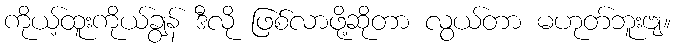
ကိုယ့်ထူးကိုယ်ချွန် ဒီလို ဖြစ်လာဖို့ဆိုတာ လွယ်တာ မဟုတ်ဘူးဗျ။